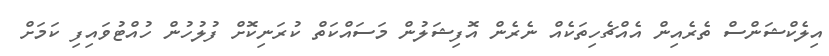
އިލެކްޝަންސް ތެރެއިން އެއްޗެހިތަކެއް ނެރެން އޮފިޝަލުން މަސައްކަތް ކުރަނިކޮށް ފުލުހުން ހުއްޓުވައިފި ކަމަށް